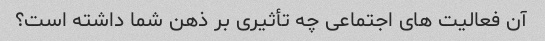
آن فعالیت های اجتماعی چه تأثیری بر ذهن شما داشته است؟